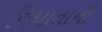
વિધાતાની